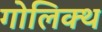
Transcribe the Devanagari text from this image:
गोलिक्थ